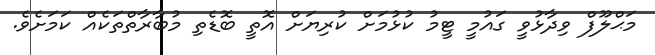
މަޙްލޫފް ވިދާޅުވީ ގައުމީ ޓީމު ކުޅުމަށް ކުރިޔަށް އޮތީ ބޮޑެތި މުބާރާތްތަކެއް ކަމަށެވެ.